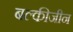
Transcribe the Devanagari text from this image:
बल्कीजीन